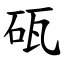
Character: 砙